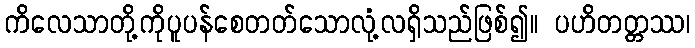
ကိလေသာတို့ကိုပူပန်စေတတ်သောလုံ့လရှိသည်ဖြစ်၍။ ပဟိတတ္တဿ၊